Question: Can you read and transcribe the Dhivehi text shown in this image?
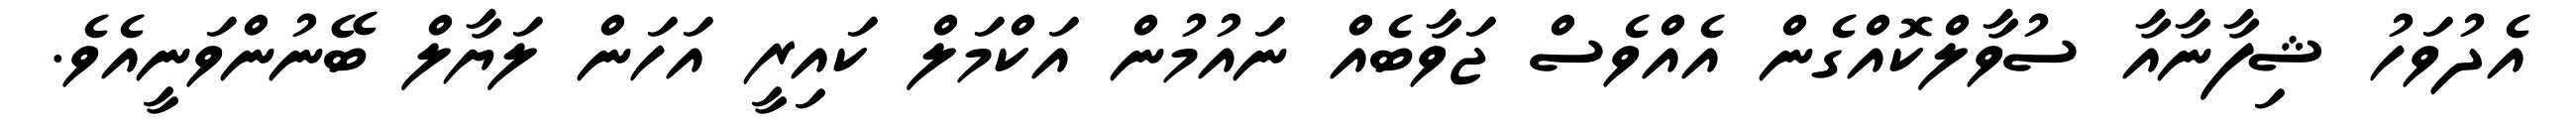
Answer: އެދުވަހު ޝިފާނާއާ ސުވާލްކޮއްގެން އެއްވެސް ޖަވާބެއް ނައުމުން އަކްމަލް ކައިރީ އަހަން ލަޔާލް ބޭނުންވަނީއެވެ.